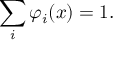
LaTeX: \sum _ { i } \varphi _ { i } ( x ) = 1 .